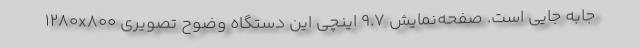
جابه جایی است. صفحه‌نمایش 9.7 اینچی این دستگاه وضوح تصویری 1280x800